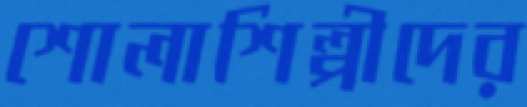
শোলাশিল্পীদের